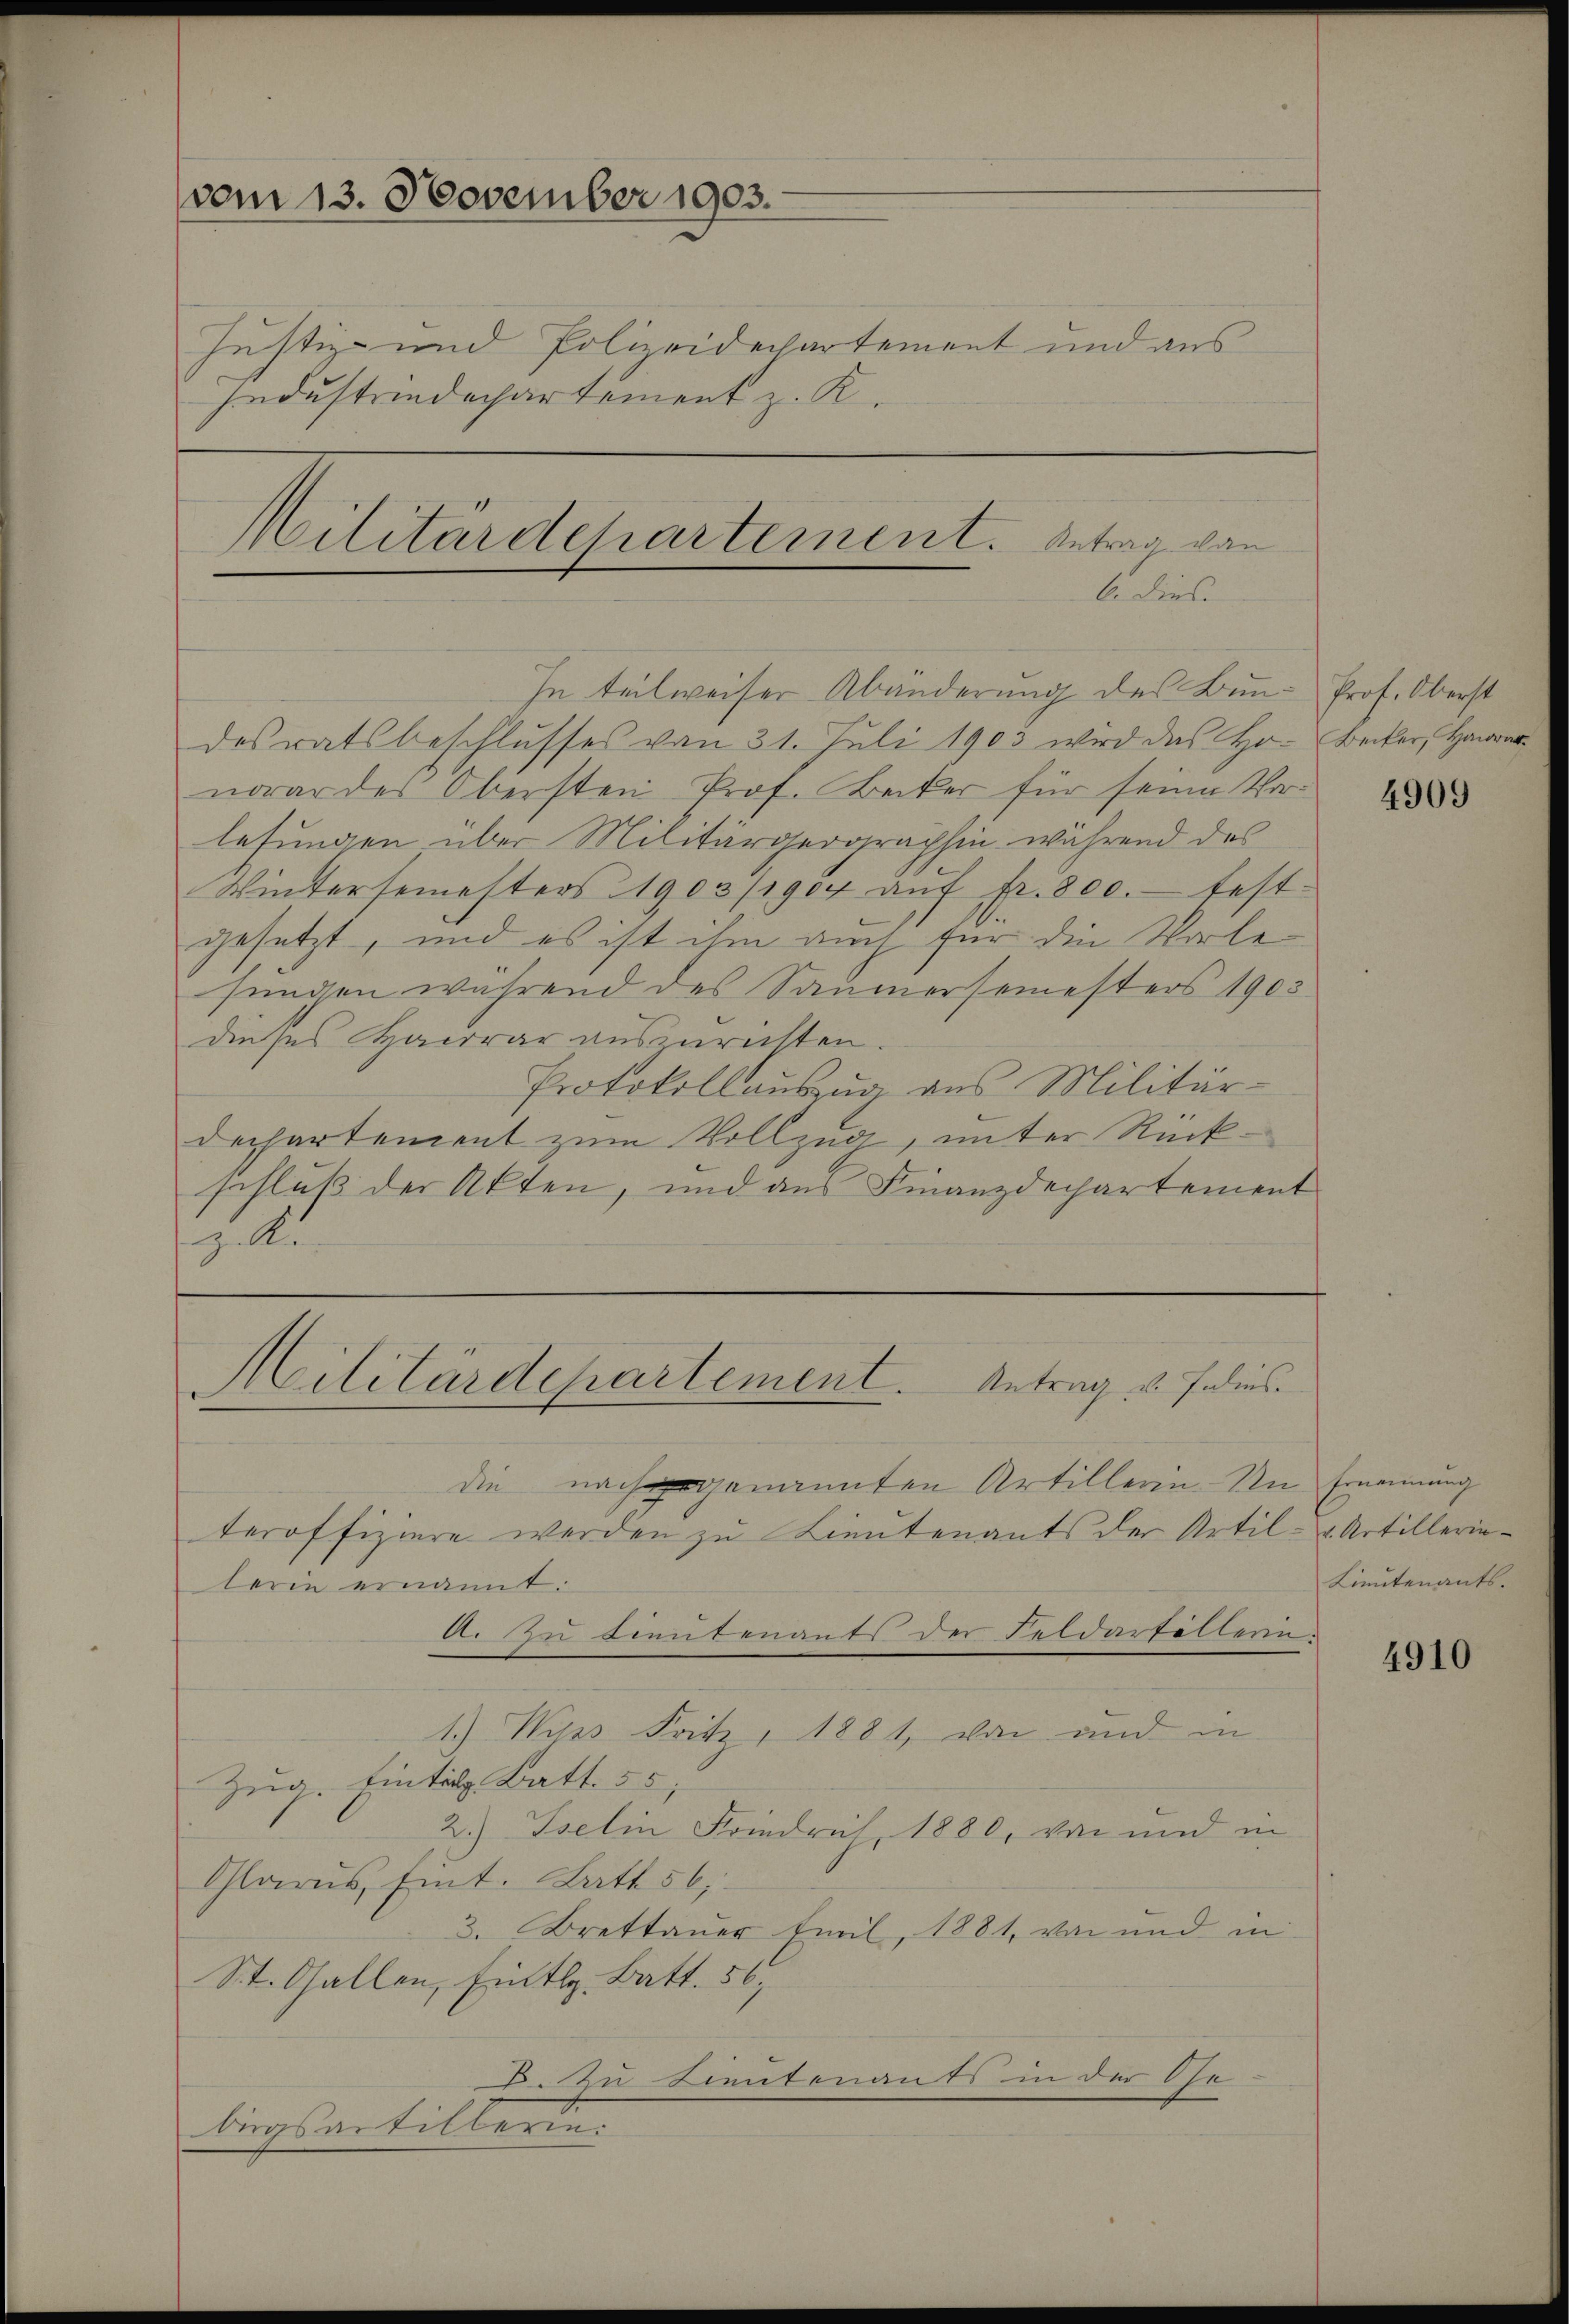
vom 13. November 1903.

Justiz- und Polizeidepartement und aus
Industrindechartement z. K.

Militärdepartement. Antrag von
li diese
In teilweiser Abänderung des Bun- Prof. Oberst

desratsbeschlusses von 31. Juli 1903 wird das Ho- Becker, Herrn
norar des Obersten Prof. Becker für seine Vorlesungen über Militärgergraphie während des
Wintersemesters 1903/1904 auf fr. 800. festgesetzt, und es ist ihm auch für die Vorlesungen während des Saumersemesters 1903
dieses Harrar auszurichten.
Protokollauszug aus Militär-
Dechartement zum Vollzug, unter Rückschluß der Akten, und aus Finanzdechartement
a

Militärdepartement. Antrag u. Folins.

die nach genannten Artillerin. Un Ernennung
teroffiziere werden zu Lieutenants der Artil- u. Artillerinlerin ernannt.
A. Zu Lieutenants der Feldarfällen.
1.) Wies Fritz, 1881, von und in
Zug. Eintit. Batt. 55,
2.) Iselin Friedrich, 1880, von und in
Glarus, eint. Batt 56;
3. Brettauer Emil 1881, von und in
St. Gallen, Eintlg. Batt. 56,
2. Zu Lieutenants in der Ose
birgsartillerin.

4909

Lieutenants.

4910